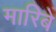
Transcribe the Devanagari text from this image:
मारिबे